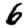
Digit: 6